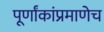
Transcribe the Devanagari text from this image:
पूर्णांकांप्रमाणेच